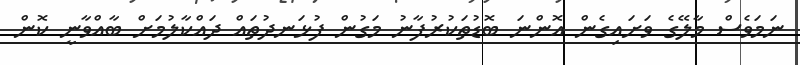
ނަމަވެސް މާލޭގެ ވަށައިގެން އޮންނަ ބޮޑުތަކުރުފާނު މަގުން ފުޅަނދުތައް ދައްކާލުމަށް ބާއްވާނީ ކޮން